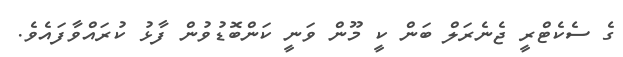
ގެ ސެކެޓްރީ ޖެނެރަލް ބަން ކީ މޫން ވަނީ ކަންބޮޑުވުން ފާޅު ކުރައްވާފައެވެ.